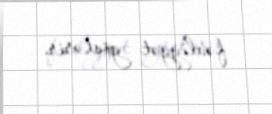
fəaliyyət göstərir.